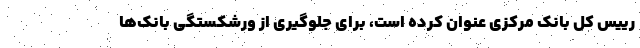
رییس کل بانک مرکزی عنوان کرده است، برای جلوگیری از ورشکستگی بانک‌ها